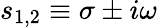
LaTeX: {{s}_{1,2}}\equiv\sigma\pm i\omega